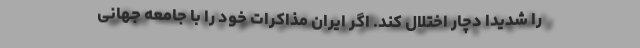
را شدیدا دچار اختلال کند. اگر ایران مذاکرات خود را با جامعه جهانی